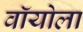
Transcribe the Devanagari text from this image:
वॉयोला